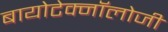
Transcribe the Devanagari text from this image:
बायोटेक्नॉलोजी